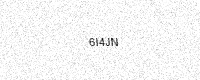
Text: 6I4JN